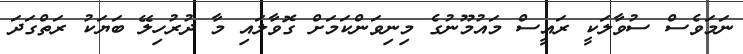
ނަމަވެސް ސުވާލަކީ ރައީސް މައުމޫނުގެ މިނިވަންކަމަށް ގޮވާލައި މާ ދުރުހިލޭ ބަޔަކު ރަތްގަދަ